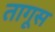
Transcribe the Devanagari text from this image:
तागूस